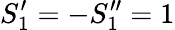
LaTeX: S_{1}^{\prime}=-S_{1}^{\prime\prime}=1